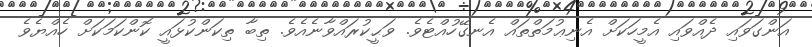
އަންގަވައި ދެއްވައި އެމީހަކަށް އެނިޢުމަތްތައް އެނގޭހުއްޓެވެ. ވަޙީކުރައްވާނެއެވެ. ތިބާ ތިކަންކުޅައީ ކޮންކަމަކަށް ހެއްޔެވެ